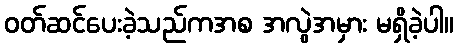
ဝတ်ဆင်ပေးခဲ့သည်ကအစ အလွဲအမှား မရှိခဲ့ပါ။